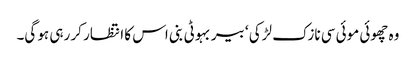
وہ چھوئی موئی سی نازک لڑکی ‘ بیر بہوٹی بنی اس کا انتظار کر رہی ہو گی۔